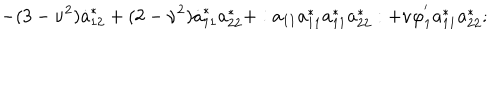
LaTeX: - ( 3 - \nu ^ { 2 } ) \dot { a } _ { 1 2 } ^ { * } + ( 2 - \nu ^ { 2 } ) \dot { a } _ { 1 1 } ^ { * } a _ { 2 2 } ^ { * } + : a _ { 1 1 } a _ { 1 1 } ^ { * } a _ { 1 1 } ^ { * } a _ { 2 2 } ^ { * } : + \nu \varphi _ { 1 } ^ { ' } a _ { 1 1 } ^ { * } a _ { 2 2 } ^ { * } ;